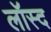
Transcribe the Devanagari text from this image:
लॉस्द